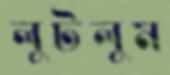
লুটলুম